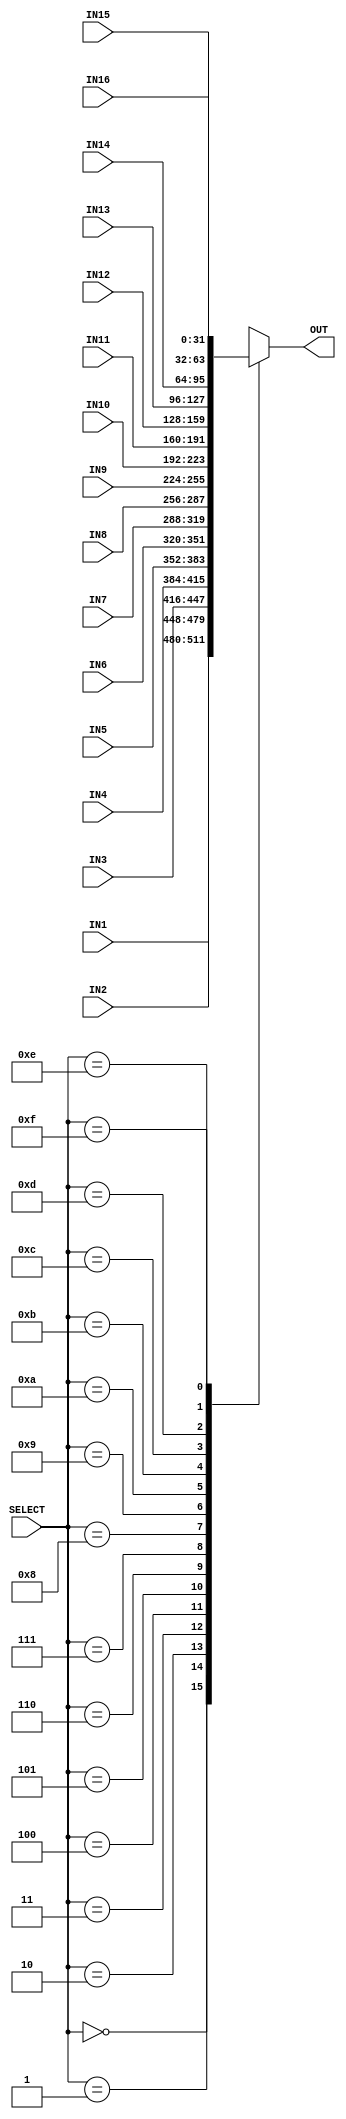
module MULTIPLEXER_16_TO_1 #(
        parameter BUS_WIDTH     = 32
    ) (
        input   [BUS_WIDTH - 1 : 0] IN1     ,
        input   [BUS_WIDTH - 1 : 0] IN2     ,
        input   [BUS_WIDTH - 1 : 0] IN3     ,
        input   [BUS_WIDTH - 1 : 0] IN4     ,
        input   [BUS_WIDTH - 1 : 0] IN5     ,
        input   [BUS_WIDTH - 1 : 0] IN6     ,
        input   [BUS_WIDTH - 1 : 0] IN7     ,
        input   [BUS_WIDTH - 1 : 0] IN8     ,
        input   [BUS_WIDTH - 1 : 0] IN9     ,
        input   [BUS_WIDTH - 1 : 0] IN10    ,
        input   [BUS_WIDTH - 1 : 0] IN11    ,
        input   [BUS_WIDTH - 1 : 0] IN12    ,
        input   [BUS_WIDTH - 1 : 0] IN13    ,
        input   [BUS_WIDTH - 1 : 0] IN14    ,
        input   [BUS_WIDTH - 1 : 0] IN15    ,
        input   [BUS_WIDTH - 1 : 0] IN16    ,
        input   [3             : 0] SELECT  ,
        output  [BUS_WIDTH - 1 : 0] OUT 
    );
    
    reg [BUS_WIDTH - 1 : 0] out_reg;
            
    always@(*)
    begin
        case(SELECT)
            4'b0000:
            begin
                out_reg = IN1   ;
            end
            4'b0001:
            begin
                out_reg = IN2   ;
            end
            4'b0010:
            begin
                out_reg = IN3   ;
            end
            4'b0011:
            begin
                out_reg = IN4   ;
            end
            4'b0100:
            begin
                out_reg = IN5   ;
            end
            4'b0101:
            begin
                out_reg = IN6   ;
            end
            4'b0110:
            begin
                out_reg = IN7   ;
            end
            4'b0111:
            begin
                out_reg = IN8   ;
            end
            4'b1000:
            begin
                out_reg = IN9   ;
            end
            4'b1001:
            begin
                out_reg = IN10  ;
            end
            4'b1010:
            begin
                out_reg = IN11  ;
            end
            4'b1011:
            begin
                out_reg = IN12  ;
            end
            4'b1100:
            begin
                out_reg = IN13  ;
            end
            4'b1101:
            begin
                out_reg = IN14  ;
            end
            4'b1110:
            begin
                out_reg = IN15  ;
            end
            4'b1111:
            begin
                out_reg = IN16  ;
            end
        endcase
    end 
    
    assign OUT = out_reg;
    
endmodule